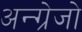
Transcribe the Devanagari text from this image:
अन्ग्रेजो